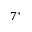
7 ^ { * }